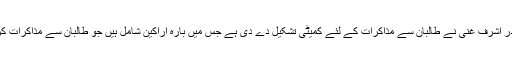
افغان صدر اشرف غنی نے طالبان سے مذاکرات کے لئے کمیٹی تشکیل دے دی ہے جس میں بارہ اراکین شامل ہیں جو طالبان سے مذاکرات کریں گے۔